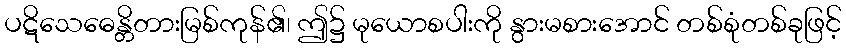
ပဋိသေဓေန္တိတားမြစ်ကုန်၏၊ ဤ၌ မုယောစပါးကို နွားမစားအောင် တစ်စုံတစ်ခုဖြင့်